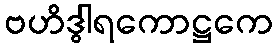
ဗဟိဒွါရကောဋ္ဌကေ